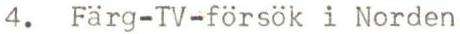
4. Färg-TV-försök i Norden